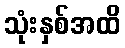
သုံးနှစ်အထိ